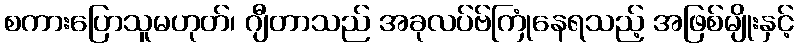
စကားပြောသူမဟုတ်၊ ဂျီတာသည် အခုလပ်ဗ်ကြုံနေရသည့် အဖြစ်မျိုးနှင့်